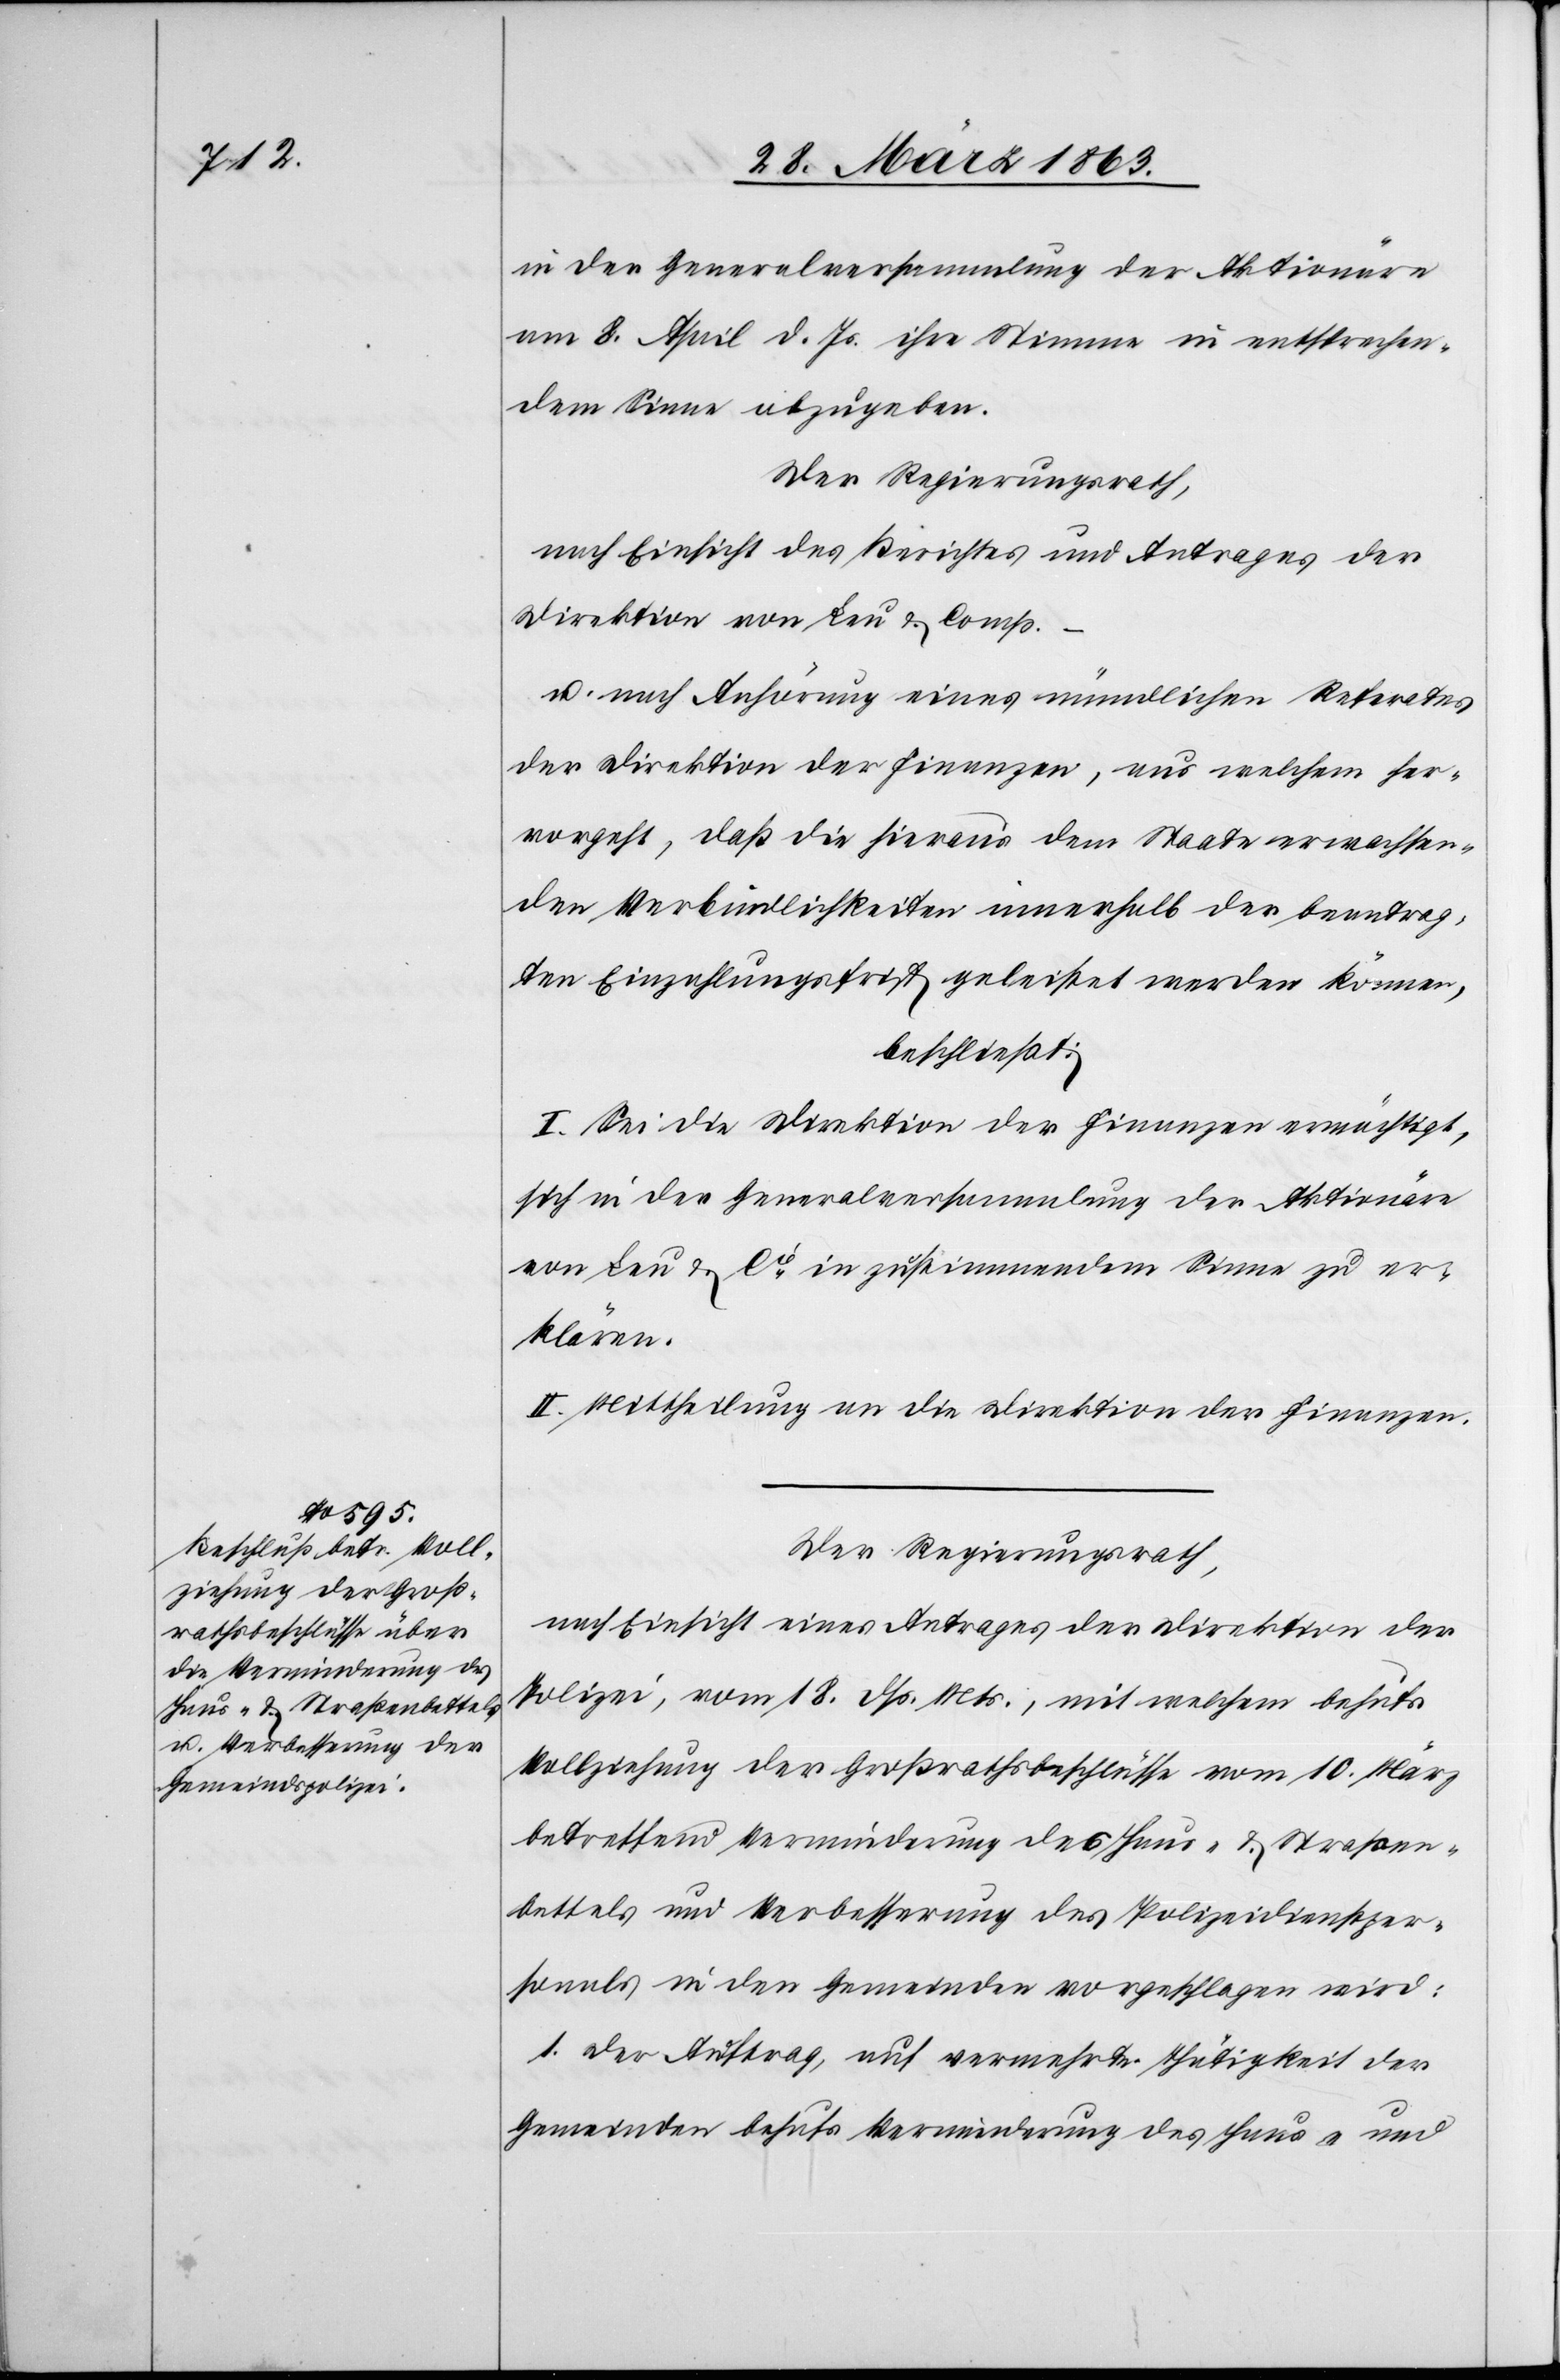
in der Generalversammlung der Aktionäre
am 8. April d. Js. ihre Stimme in entsprechen¬
dem Sinne abzugeben.
Der Regierungsrath,
nach Einsicht des Berichtes und Antrages der
Direktion von Leu & Comp.
–
u. nach Anhörung eines mündlichen Referates
der Direktion der Finanzen, aus welchem her¬
vorgeht, daß die hieraus dem Staate erwachsen¬
den Verbindlichkeiten innerhalb der beantrag¬
ten Einzahlungsfrist geleistet werden können,
beschließt:
I. Sei die Direktion der Finanzen ermächtigt,
sich in der Generalversammlung der Aktionäre
von Leu & Cie in zustimmendem Sinne zu er¬
klären.
II. Mittheilung an die Direktion der Finanzen.
Der Regierungsrath,
nach Einsicht eines Antrages der Direktion der
Polizei, vom 18. dß. Mts., mit welchem behufs
Vollziehung der Großrathsbeschlüsse vom 10. März
betreffend Verminderung des Haus- & Straßen¬
bettels und Verbesserung des Polizeidienstper¬
sonals in den Gemeinden vorgeschlagen wird:
1. Der Auftrag, auf vermehrte Thätigkeit der
Gemeinden behufs Verminderung des Haus- und